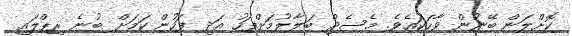
ކޮށްލަން ބޭނުން ވާހަކައެވެ. މެސެޖް ބަލާލުމަށްފަހު އަދި ފަހުން ކަމަށް ބުނެ ރިޕްލައި